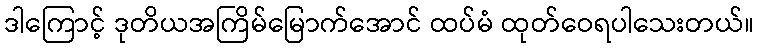
ဒါကြောင့် ဒုတိယအကြိမ်မြောက်အောင် ထပ်မံ ထုတ်ဝေရပါသေးတယ်။